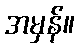
အမှန်။